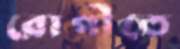
রোগীতে